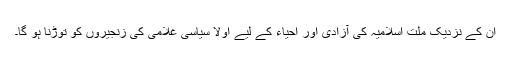
ان کے نزدیک ملت اسلامیہ کی آزادی اور احیاء کے لیے اولا سیاسی غلامی کی زنجیروں کو توڑنا ہو گا۔